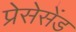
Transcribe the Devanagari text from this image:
प्रेसेसेंड